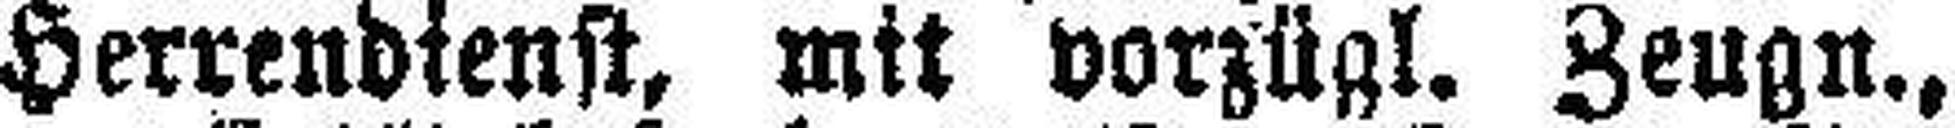
Herrendienst, mit vorzügl. Zeugn.,